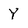
Character: Y